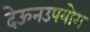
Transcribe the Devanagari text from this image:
देऊनउपयोग